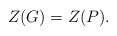
\begin{align*}Z(G)=Z(P).\end{align*}